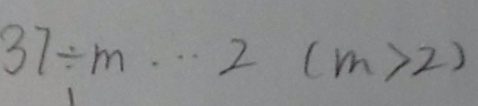
3 7 \div m \cdots 2 ( m > 2 )